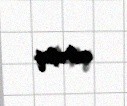
atmışıq.